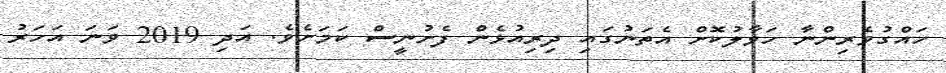
ހައްގުވެރިންނާ ހަވާލުކޮށް އެތަނުގައި ދިރިއުޅެން ފެށުނީސް ކަމަށެވެ. އަދި 2019 ވަނަ އަހަރު